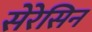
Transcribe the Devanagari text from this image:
सेरेसिन